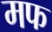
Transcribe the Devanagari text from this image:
मफ